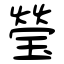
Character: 瑩